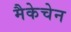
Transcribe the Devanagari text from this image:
मैकेचेन